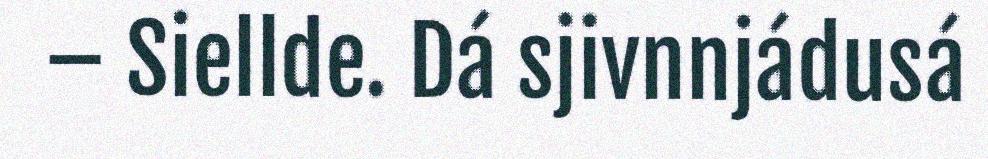
– Siellde. Dá sjivnnjádusá